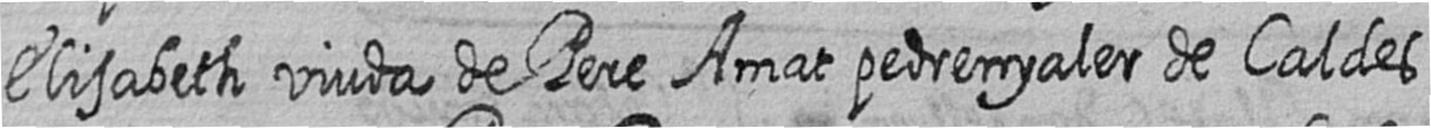
Elisabeth viuda de Pere Amat pedrenyaler de Caldes